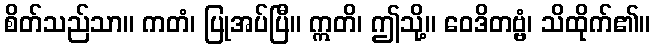
စိတ်သည်သာ။ ကတံ၊ ပြုအပ်ပြီ။ ဣတိ၊ ဤသို့။ ဝေဒိတဗ္ဗံ၊ သိထိုက်၏။